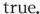
true.